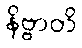
နိဗ္ဗာတိ